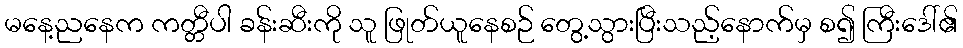
မနေ့ညနေက ကတ္တီပါ ခန်းဆီးကို သူ ဖြုတ်ယူနေစဉ် တွေ့သွားပြီးသည့်နောက်မှ စ၍ ကြီးဒေါ်၏